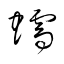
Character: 蝡